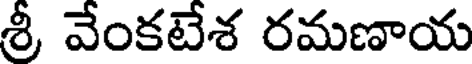
శ్రీ వేంకటేశ రమణాయ